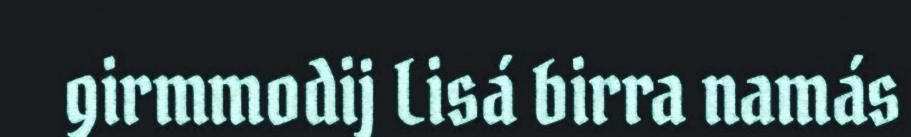
girmmodij Lisá birra namás